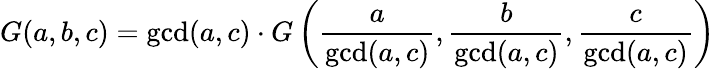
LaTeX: G(a,b,c)=\operatorname*{gcd}(a,c)\cdot G\left({\frac{a}{\operatorname*{gcd}(a,c)}},{\frac{b}{\operatorname*{gcd}(a,c)}},{\frac{c}{\operatorname*{gcd}(a,c)}}\right)